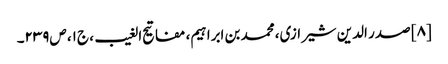
[۸] صدر الدین شیرازی، محمد بن ابراہیم‌، مفاتیح الغیب، ج‌۱، ص‌۲۳۹۔